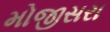
મોજીસરા